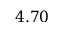
4 . 7 0